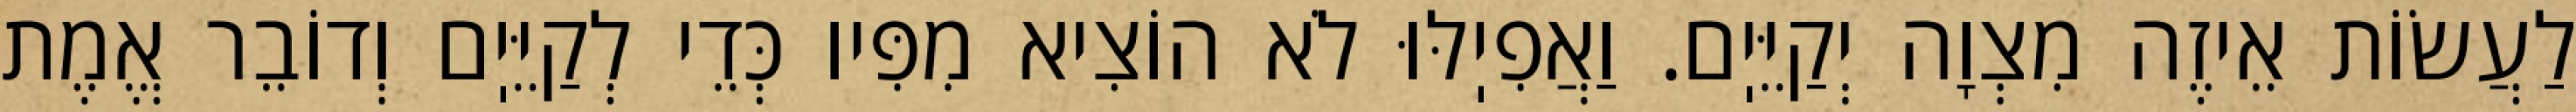
לַעֲשׂוֹת אֵיזֶה מִצְוָה יְקַיֵּיֽם. וַאֲפִיֽלּוּ לֹא הוֹצִיא מִפִּיו כְּדֵי לְקַיֵּיֽם וְדוֹבֵר אֱמֶת